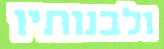
ולבנותיו